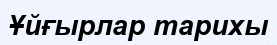
Ұйғырлар тарихы